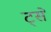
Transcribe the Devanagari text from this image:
ट्से